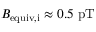
B _ { \mathrm { e q u i v , i } } \approx 0 . 5 ~ \mathrm { p T }